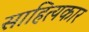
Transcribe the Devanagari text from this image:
साहित्‍यकार